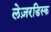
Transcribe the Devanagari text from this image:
लेज़रडिस्क